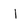
Character: I